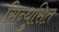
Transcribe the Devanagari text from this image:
सिन्धुसित